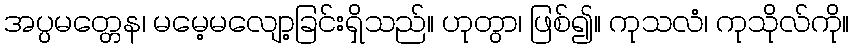
အပ္ပမတ္တေန၊ မမေ့မလျော့ခြင်းရှိသည်။ ဟုတွာ၊ ဖြစ်၍။ ကုသလံ၊ ကုသိုလ်ကို။